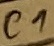
Text: C1